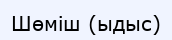
Шөміш (ыдыс)